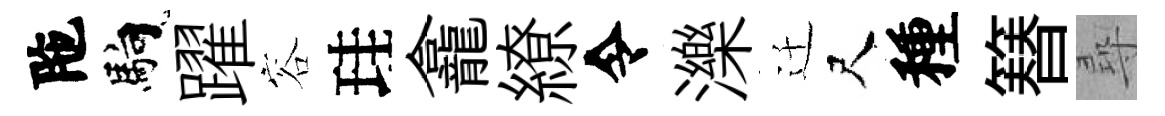
陁馿躍容珪龕繚令濼迁尺種簮尋